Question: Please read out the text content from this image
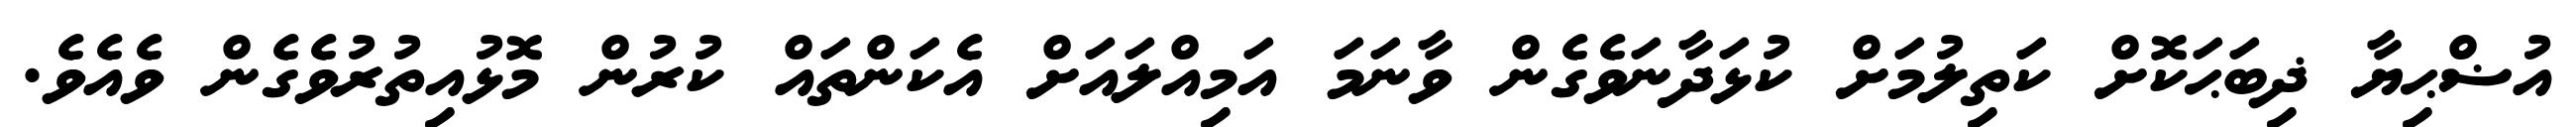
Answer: އުޟްޙިޔާ ޛިބަޙަކޮށް ކަތިލުމަށް ކުޅަދާނަވެގެން ވާނަމަ އަމިއްލައަށް އެކަންތައް ކުރުން މޮޅުއިތުރުވެގެން ވެއެވެ.